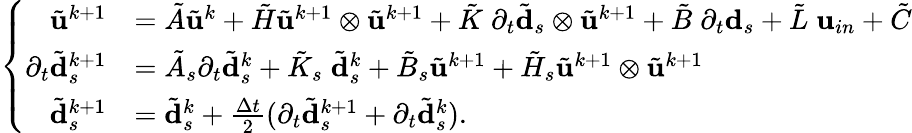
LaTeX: \left\{ \begin{array}{ll}{\begin{array}{rl}{\tilde{\mathbf{u}}^{k+1}}&{=\tilde{A}\tilde{\mathbf{u}}^{k}+\tilde{H}\tilde{\mathbf{u}}^{k+1}\otimes\tilde{\mathbf{u}}^{k+1}+\tilde{K}\; \partial_{t}\tilde{\mathbf{d}}_{s}\otimes\tilde{\mathbf{u}}^{k+1}+\tilde{B}\; \partial_{t}\mathbf{d}_{s}+\tilde{L}\; \mathbf{u}_{in}+\tilde{C}}\\ {\partial_{t}\tilde{\mathbf{d}}_{s}^{k+1}}&{=\tilde{A}_{s}\partial_{t}\tilde{\mathbf{d}}_{s}^{k}+\tilde{K}_{s}\; \tilde{\mathbf{d}}_{s}^{k}+\tilde{B}_{s}\tilde{\mathbf{u}}^{k+1}+\tilde{H}_{s}\tilde{\mathbf{u}}^{k+1}\otimes\tilde{\mathbf{u}}^{k+1}}\\ {\tilde{\mathbf{d}}_{s}^{k+1}}&{=\tilde{\mathbf{d}}_{s}^{k}+\frac{\Delta t}{2}(\partial_{t}\tilde{\mathbf{d}}_{s}^{k+1}+\partial_{t}\tilde{\mathbf{d}}_{s}^{k}).}\end{array}}\end{array}\right.